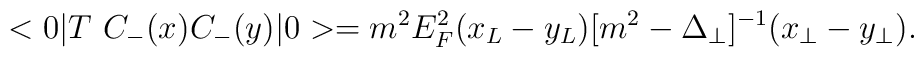
<0| T\ C_{-}(x) C_{-}(y) | 0>  =  m^2 E_F^2(x_L - y_L)[m^2 - \Delta_\perp]^{-1}(x_\perp-y_\perp).